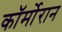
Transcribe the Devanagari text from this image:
कॉर्मोरान